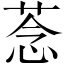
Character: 菍